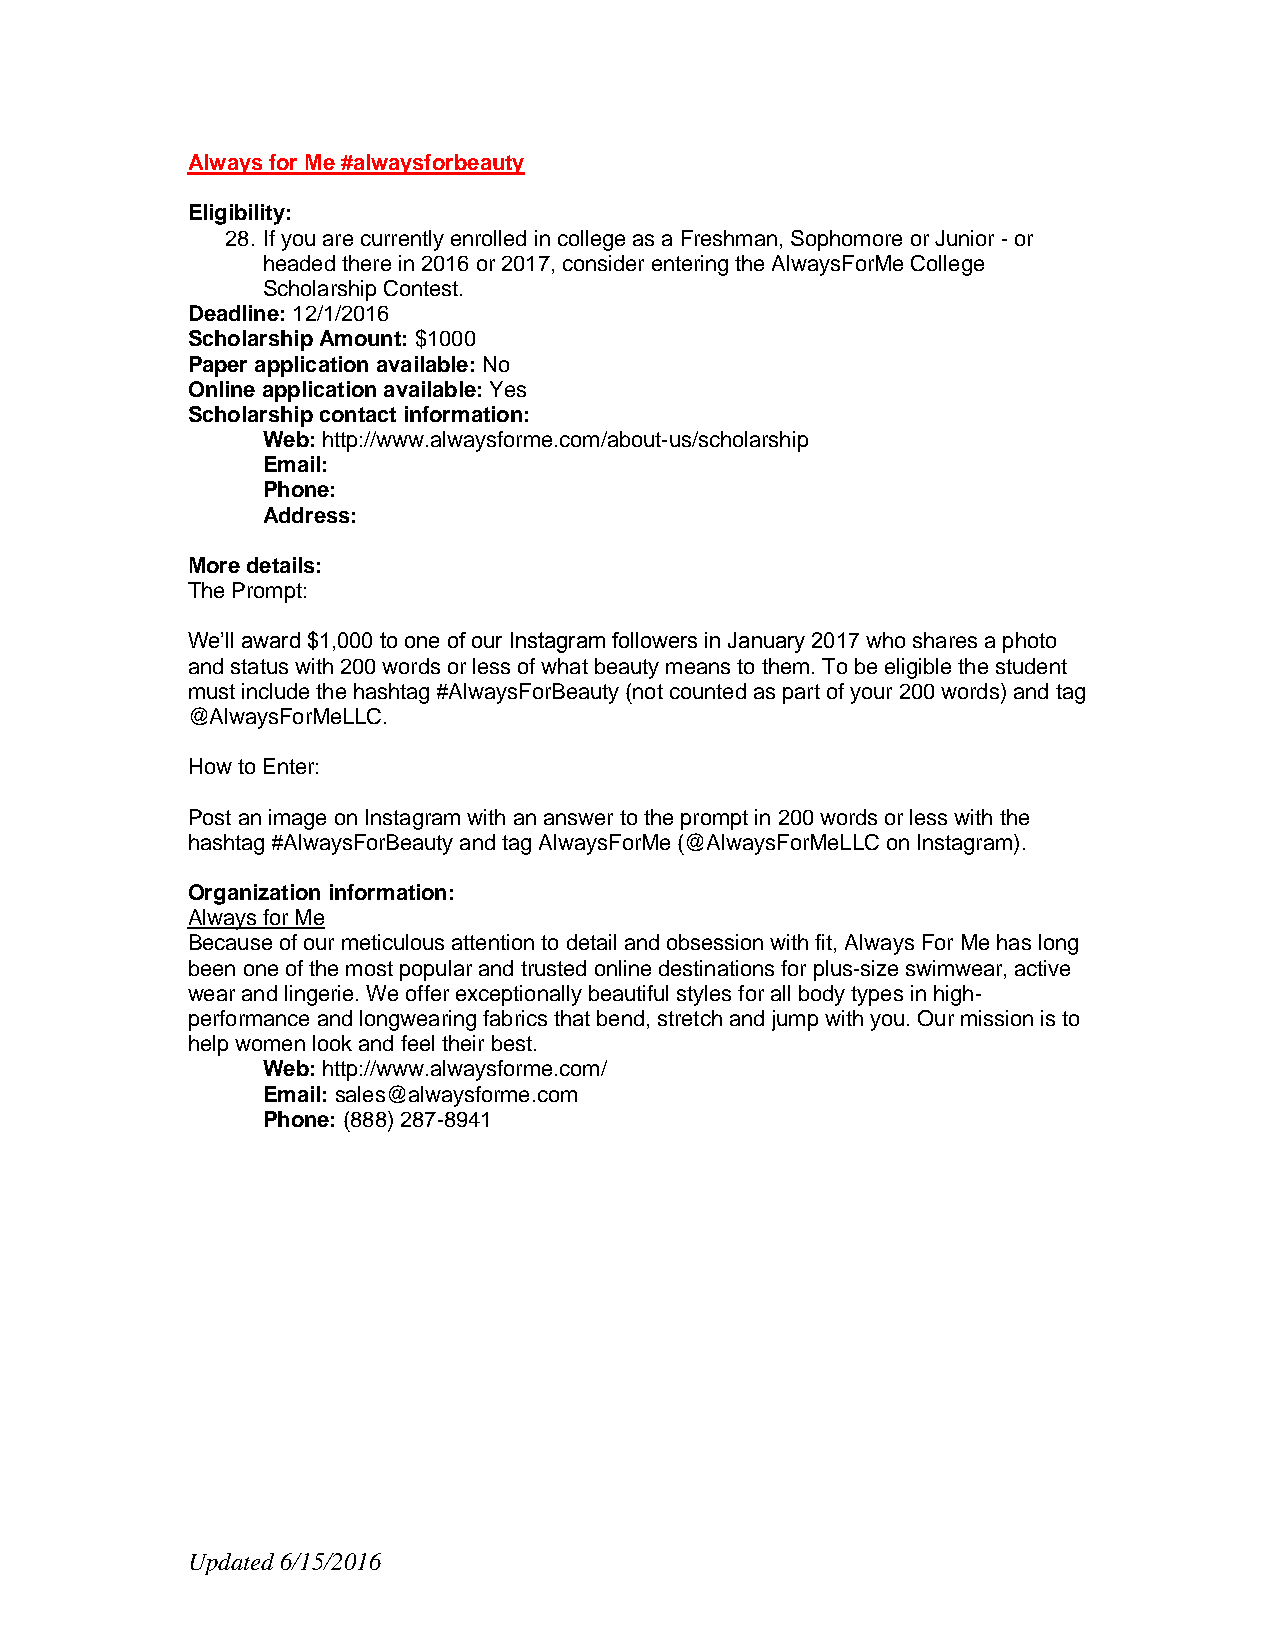
Always for Me #alwaysforbeauty
 Eligibility:
 28. If you are currently enrolled in college as a Freshman, Sophomore or Junior - or
 headed there in 2016 or 2017, consider entering the AlwaysForMe College
 Scholarship Contest.
 Deadline: 12/1/2016
 Scholarship Amount: $1000
 Paper application available: No
 Online application available: Yes
 Scholarship contact information:
 Web: http://www.alwaysforme.com/about-us/scholarship
 Email:
 Phone:
 Address:
 More details:
 The Prompt:
 We’ll award $1,000 to one of our Instagram followers in January 2017 who shares a photo
 and status with 200 words or less of what beauty means to them. To be eligible the student
 must include the hashtag #AlwaysForBeauty (not counted as part of your 200 words) and tag
 @AlwaysForMeLLC.
 How to Enter:
 Post an image on Instagram with an answer to the prompt in 200 words or less with the
 hashtag #AlwaysForBeauty and tag AlwaysForMe (@AlwaysForMeLLC on Instagram).
 Organization information:
 Always for Me
 Because of our meticulous attention to detail and obsession with fit, Always For Me has long
 been one of the most popular and trusted online destinations for plus-size swimwear, active
 wear and lingerie. We offer exceptionally beautiful styles for all body types in high-
 performance and longwearing fabrics that bend, stretch and jump with you. Our mission is to
 help women look and feel their best.
 Web: http://www.alwaysforme.com/
 Email: sales@alwaysforme.com
 Phone: (888) 287-8941
 Updated 6/15/2016